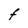
Character: F